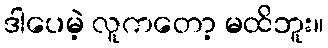
ဒါပေမဲ့ လူကတော့ မထိဘူး။